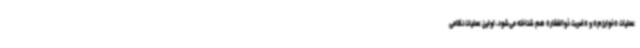
عملیات «خوارزم» و «ضربت ذوالفقار» هم شناخته می‌شود، اولین عملیات نظامی